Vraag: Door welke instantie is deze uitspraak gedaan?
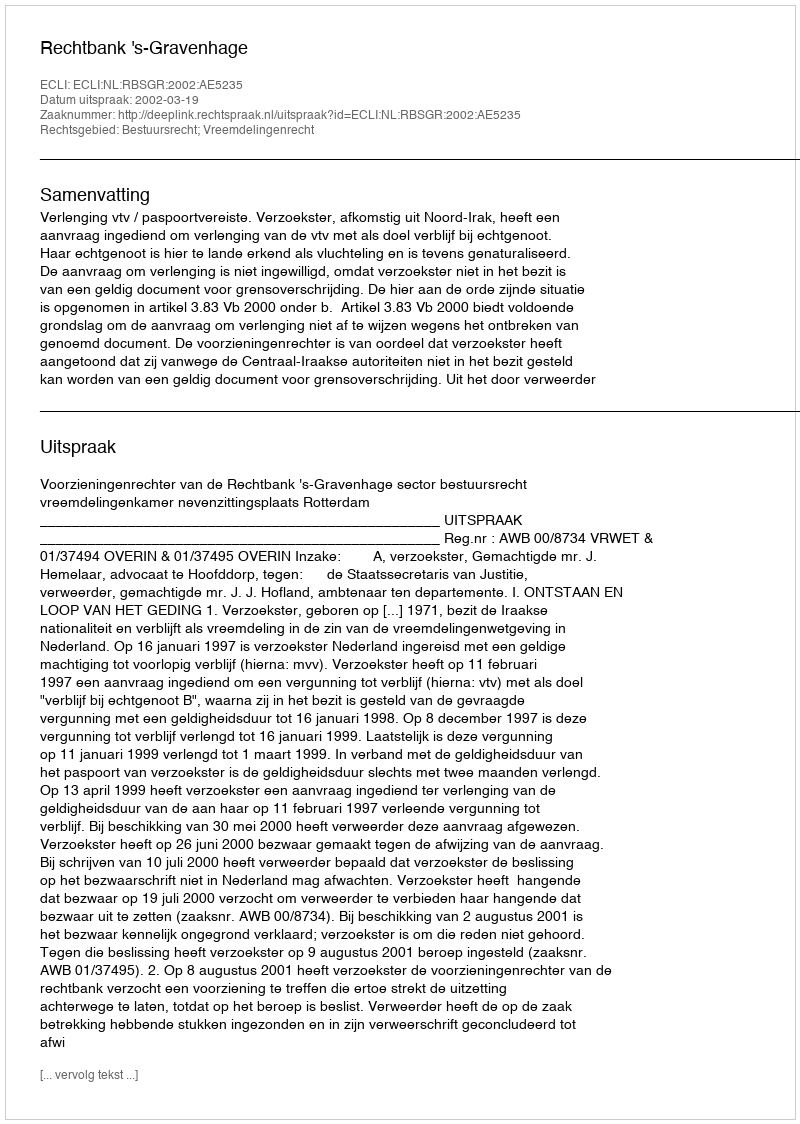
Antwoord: Rechtbank 's-Gravenhage